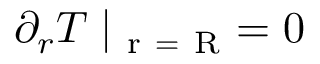
\partial _ { r } T \mid _ { \mathrm { ~ r ~ = ~ R ~ } } = 0